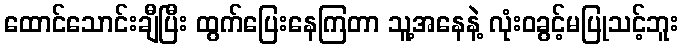
ထောင်သောင်းချီပြီး ထွက်ပြေးနေကြတာ သူ့အနေနဲ့ လုံးဝခွင့်မပြုသင့်ဘူး